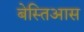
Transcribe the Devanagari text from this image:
बेस्तिआस